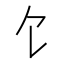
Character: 饣